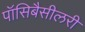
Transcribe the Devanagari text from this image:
पॉसिबैसीलरी